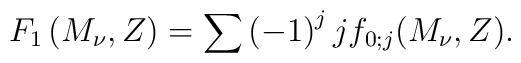
F_1\left(M_\nu,Z\right)=\sum\left(-1\right)^jjf_{0;j}(M_\nu,Z).